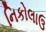
નિકોલાઉ